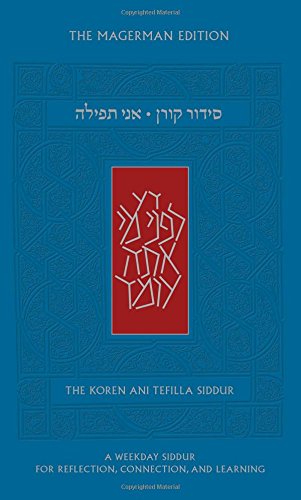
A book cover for Ani Tefilla Weekday Siddur: Ashkenaz(Hebrew/English Edition); Jay Goldmintz; Religion & Spirituality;